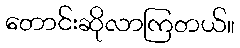
တောင်းဆိုလာကြတယ်။